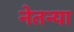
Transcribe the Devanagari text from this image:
नेतन्या